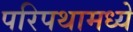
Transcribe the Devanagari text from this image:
परिपथामध्ये